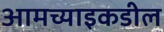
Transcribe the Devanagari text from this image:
आमच्याइकडील